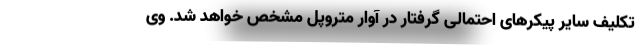
تکلیف سایر پیکرهای احتمالی گرفتار در آوار متروپل مشخص خواهد شد. وی